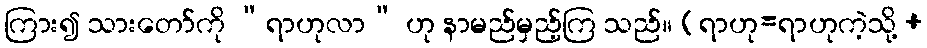
ကြား၍ သားတော်ကို “ရာဟုလာ” ဟု နာမည်မှည့်ကြ သည်။ (ရာဟု=ရာဟုကဲ့သို့ +